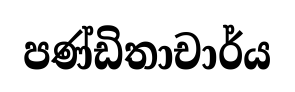
පණ්ඩිතාචාර්ය